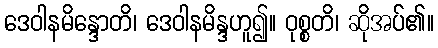
ဒေဝါနမိန္ဒောတိ၊ ဒေဝါနမိန္ဒဟူ၍။ ဝုစ္စတိ၊ ဆိုအပ်၏။